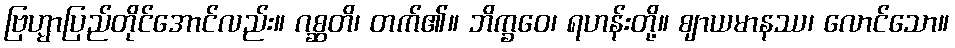
ဗြဟ္မာပြည်တိုင်အောင်လည်း။ ဂစ္ဆတိ၊ တက်၏။ ဘိက္ခဝေ၊ ရဟန်းတို့။ ဈာယမာနဿ၊ လောင်သော။